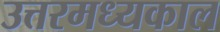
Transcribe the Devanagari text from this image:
उत्तरमध्यकाल